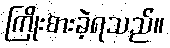
ကြိုးစားခဲ့ရသည်။